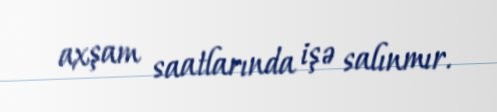
axşam saatlarında işə salınmır.